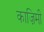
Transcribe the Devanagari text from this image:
काज़िमी